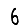
Digit: 6